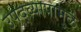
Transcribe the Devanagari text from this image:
उपद्व्यापामुळे